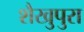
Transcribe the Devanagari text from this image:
शैखुपुरा